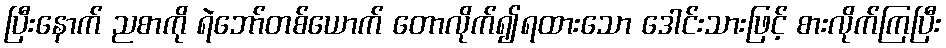
ပြီးနောက် ညစာကို ရဲဘော်တစ်ယောက် တောလိုက်၍ရထားသော ဒေါင်းသားဖြင့် စားလိုက်ကြပြီး